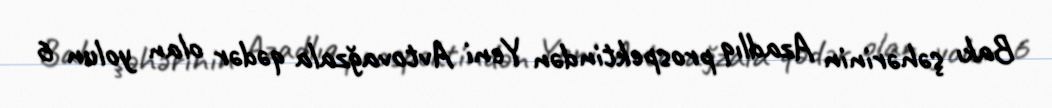
Bakı şəhərinin Azadlıq prospektindən Yeni Avtovağzala qədər olan yolun 6